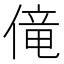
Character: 𫣏